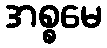
အစ္စမေ